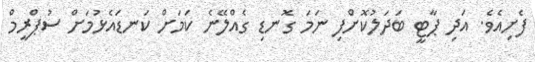
ފެށިއެވެ. އަދި ޕާޓީ ބަދަލުކޮށްފި ނަމަ ގޮނޑި ގެއްލޭނެ ކަމަށް ކަނޑައެޅުމަށް ސުޕްރީމް